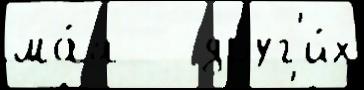
ма́я   друг'и́х